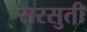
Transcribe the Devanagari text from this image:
सरसुती